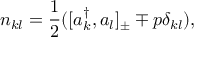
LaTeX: n _ { k l } = \frac { 1 } { 2 } ( [ a _ { k } ^ { \dagger } , a _ { l } ] _ { \pm } \mp p \delta _ { k l } ) ,